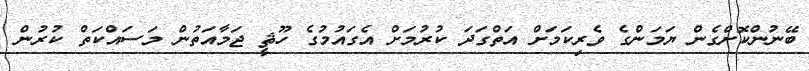
ބޭނުންކޮށްގެން ޔަމަންގެ ވެރިކަމަށް އަތްގަދަ ކުރުމަށް އެގައުމުގެ ހޫޘީ ޖަމާއަތުން މަސައްކަތް ކުރުން